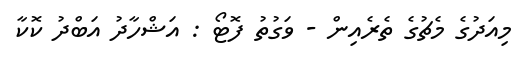
މިއަދުގެ މެޗުގެ ތެރެއިން - ވަގުތު ފޮޓޯ : އަޝްހާދު އަބްދު ކޮކާ